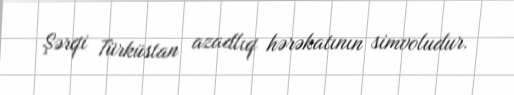
Şərqi Türküstan azadlıq hərəkatının simvoludur.